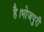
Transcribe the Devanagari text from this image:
है।भोजपुरी